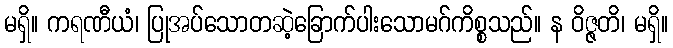
မရှိ။ ကရဏီယံ၊ ပြုအပ်သောတဆဲ့ခြောက်ပါးသောမဂ်ကိစ္စသည်။ န ဝိဇ္ဇတိ၊ မရှိ။